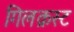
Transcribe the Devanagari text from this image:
गिलक्रस्ट